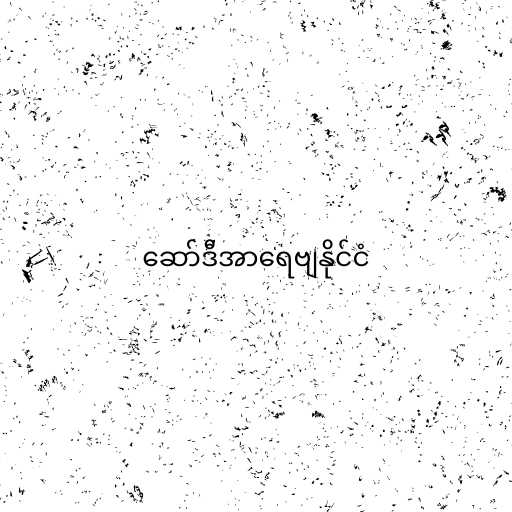
ဆော်ဒီအာရေဗျနိုင်ငံ